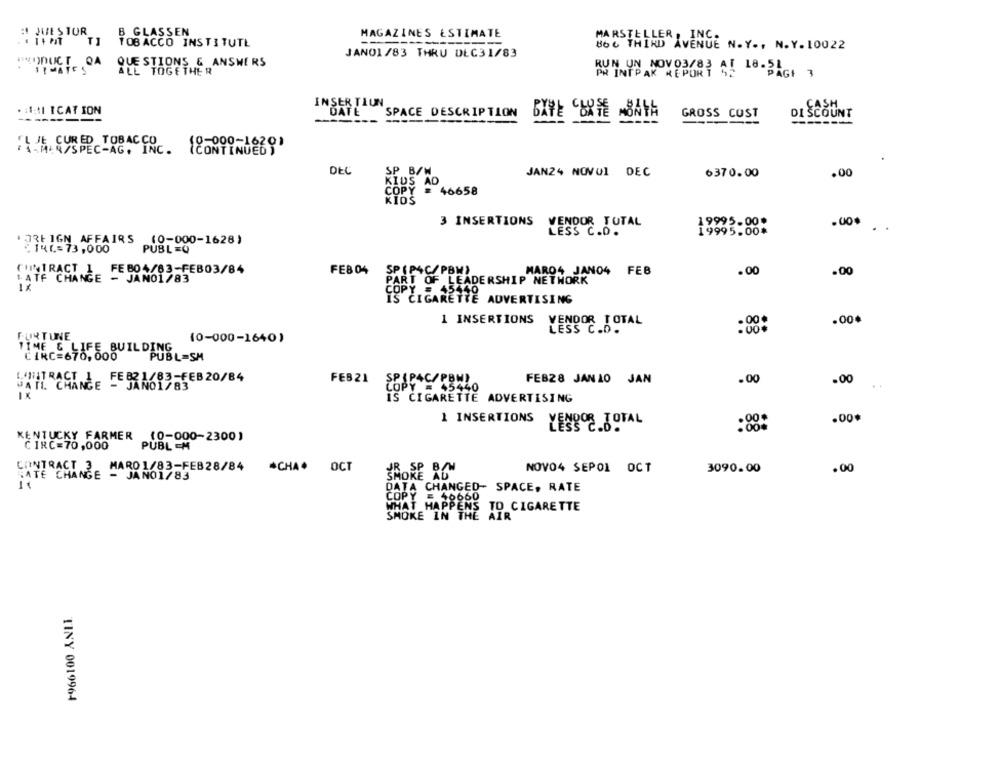
: JUES TUR
B GLASSEN
MAGAZINES ESTIMATE
MARSTELLER, INC.
T1
TOBACCO INSTITUTŁ
86 6 THIRD AVENUE N.Y ., N.Y. 10022
JANO1/83 THRU DEC31/83
PRODUCT QA
QUE STIONS & ANSWERS
INTPAK REPORT 4: 18-51
ALL TOGETHER
INSERTIUN
CASH
. SI ICATION
DATE
SPACE DESCRIPTION
GROSS COST
DI SCOUNT
---------
* 4-MAL 4/SPEC-AG. INC.
IL JE CURED TOBACCO (CONTINUED Y
DEC
SP B/W
JAN24 NOVUI DEC
6370.00
.00
KIDS AD
COPY
46658
KIDS
3 INSERTIONS
VENDOR TOTAL
19995.00*
19995.00*
LESS C.D.
FOREIGN AFFAIRS (0-000-1628)
:146-73,000
PUBL = 0
FE 804/63-FEB03/84
FEB 04
SP (P4C/PBW)
MARO4 JANO4
FEB
.00
.00
PART OF LEADERSHIP NETWORK
CIGARETTE ADVERTISING
1 INSERTIONS
VENDOR TOTAL
.00.
LESS C.D.
FURTUNE
(0-000-1640)
CIRC=670,000
PUBL=SM
FEB21
SPIP4C/PBN)
FEB28 JANLO JAN
.00
.00
LOETRASAMI - FEB21683-FEB20/84
JATIL CHA
COPY = 45440
IX
IS CIGARETTE ADVERTISING
1 INSERTIONS
.00*
YENPOR TOTAL
KENTUCKY FARMER (0-000-2300)
CIRC=70,000
PUBL M
CONTRACT 3
MARO 1/83-FEB28/84
-
*CHA. OCT
NOVO4 SEPOL OCT
3090.00
.00
HATE CHANGE
JANO1/8
DATA CHANGED- SPACE, RATE
COPY E 40660
WHAT HAPPENS TO CIGARETTE
SMOKE IN THE AIR
TINY 0019964